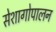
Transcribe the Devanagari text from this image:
सेशागोपालन